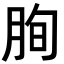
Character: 𦚧